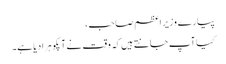
پیارے وزیر اعظم صاحب،
کیا آپ جانتے ہیں کہ وقت نے آپکو ہرا دیا ہے۔